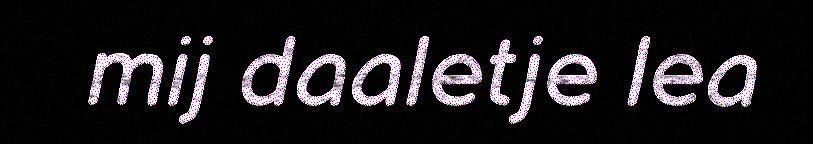
mij daaletje lea